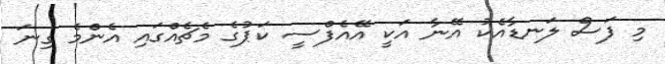
މި ފަސް ލަނޑާއެކު އޭނާ އަކީ އޭއެފްސީ ކަޕުގެ މެޗެއްގައި އެންމެ ގިނަ